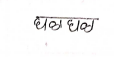
मजकूर: घळघळ